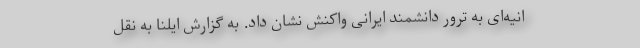
انیه‌ای به ترور دانشمند ایرانی واکنش نشان داد. به گزارش ایلنا به نقل